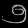
Digit: ၅